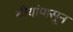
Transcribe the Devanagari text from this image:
बीयांपासून